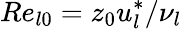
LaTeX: Re_{l0}=z_{0}u_{l}^{*}/\nu_{l}